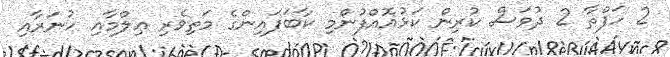
2 ހަފްތާ 2 ދުވަސް ކުރިން ކަޅުއޮއްފުންމި ކާބަފައިންގެ މަތިވެރި ޢިލްމާއި ހުނަރާއި